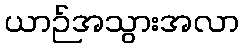
ယာဉ်အသွားအလာ